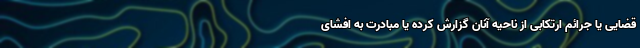
قضایی یا جرائم ارتکابی از ناحیه آنان گزارش کرده یا مبادرت به افشای